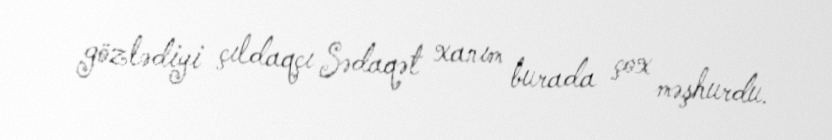
gözlədiyi çıldaqçı Sədaqət xanım burada çox məşhurdu.